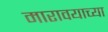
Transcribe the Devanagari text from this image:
मारावयाच्या